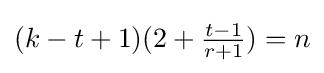
(k-t+1)(2+{\tfrac {t-1}{r+1}})=n